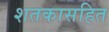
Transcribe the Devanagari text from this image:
शतकासहित